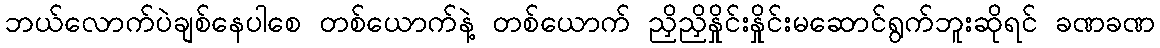
ဘယ်လောက်ပဲချစ်နေပါစေ တစ်ယောက်နဲ့ တစ်ယောက် ညှိညှိနှိုင်းနှိုင်းမဆောင်ရွက်ဘူးဆိုရင် ခဏခဏ